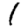
Digit: 1